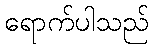
ရောက်ပါသည်